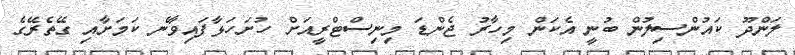
ލަންދޫ ކައުންސިލުން ބުނީ އެކަން މިހާރު ޖެންޑަ މިނިސްޓްރީއަށް ހުށަހަޅާފައިވާނެ ކަމަށާއި ގޭތެރޭގެ